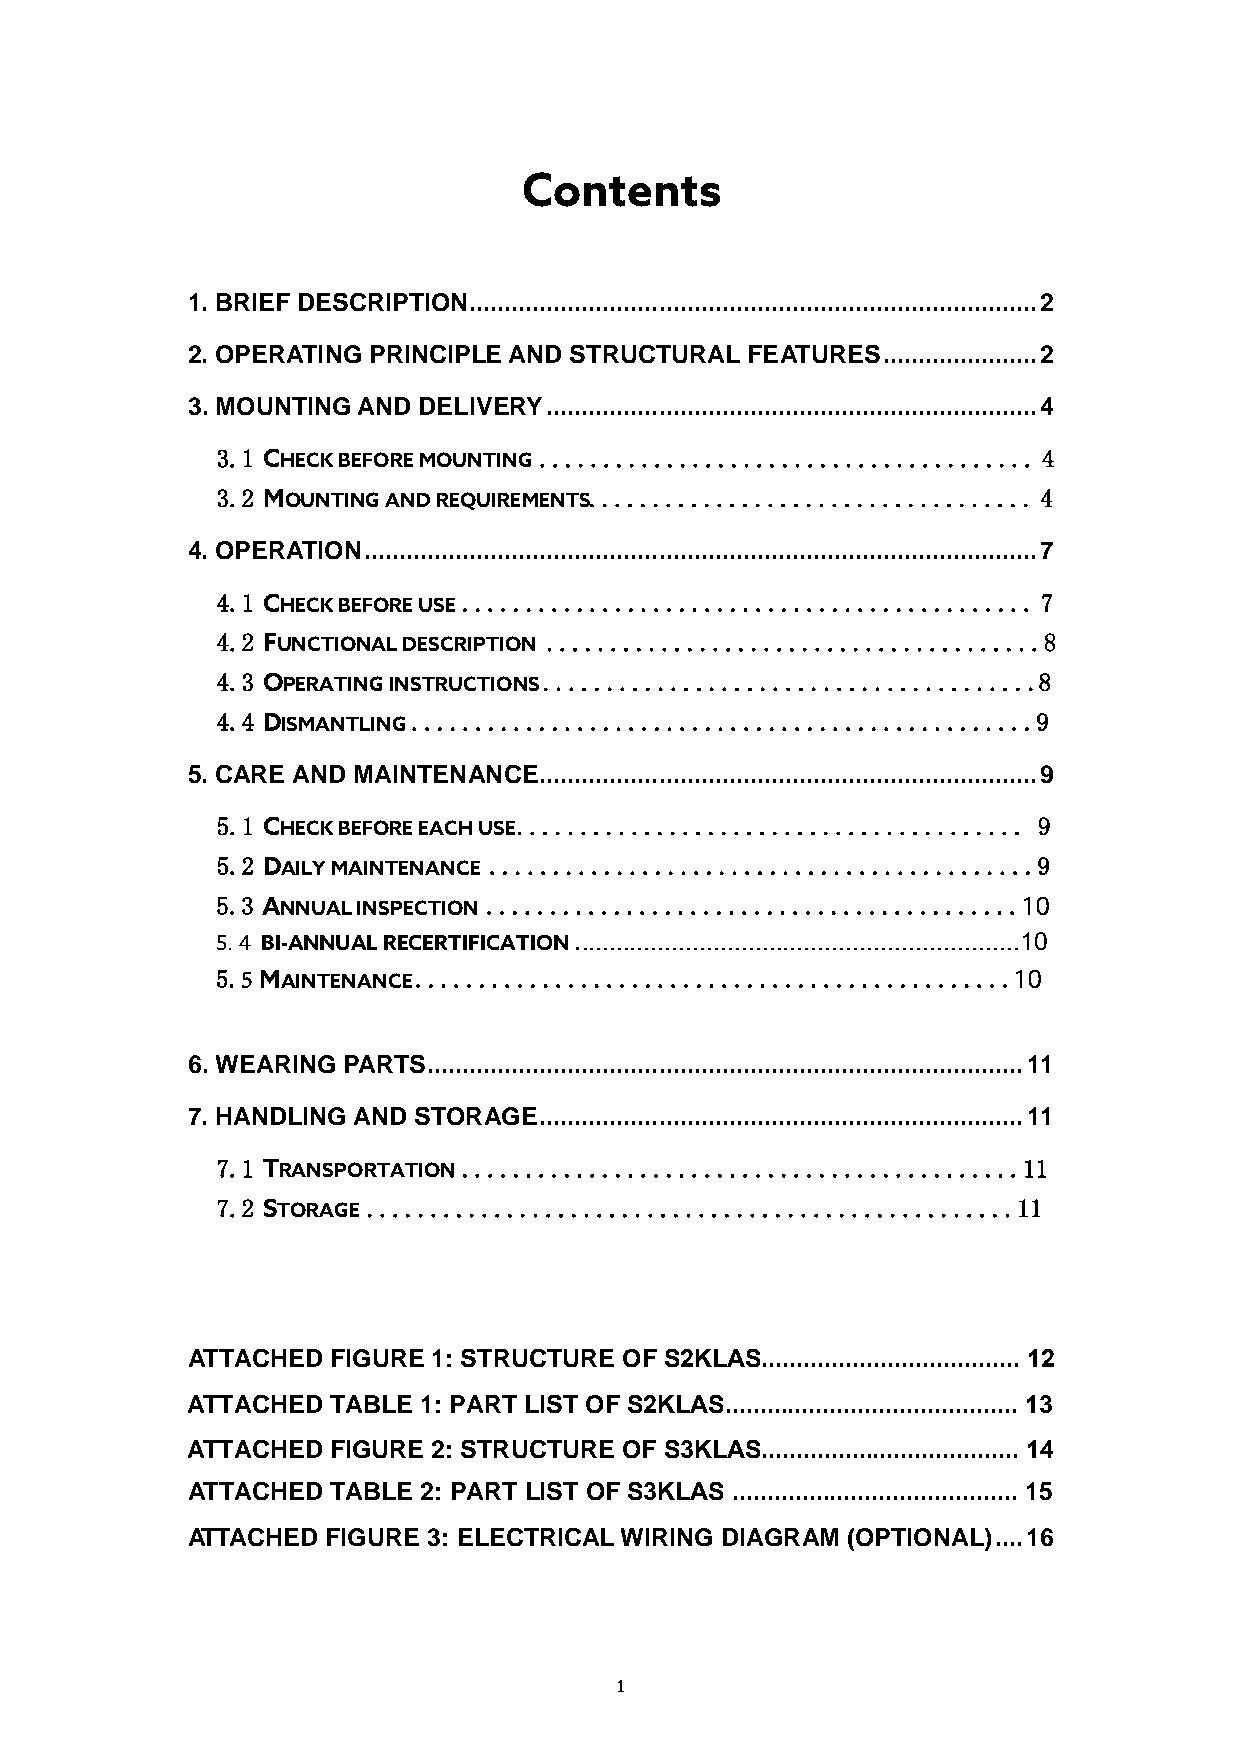
Contents
 1. BRIEF DESCRIPTION ................................................................................. 2
 2. OPERATING PRINCIPLE AND STRUCTURAL FEATURES ...................... 2
 3. MOUNTING AND DELIVERY ...................................................................... 4
 3.1 CHECK BEFORE MOUNTING ....................................... 4
 3.2 MOUNTING AND REQUIREMENTS. .................................. 4
 4. OPERATION ................................................................................................ 7
 4.1 CHECK BEFORE USE ............................................. 7
 4.2 FUNCTIONAL DESCRIPTION .......................................8
 4.3 OPERATING INSTRUCTIONS .......................................8
 4.4 DISMANTLING .................................................9
 5. CARE AND MAINTENANCE ....................................................................... 9
 5.1 CHECK BEFORE EACH USE ........................................ 9
 5.2 DAILY MAINTENANCE ...........................................9
 5.3 ANNUAL INSPECTION ..........................................10
 5.4 BI-ANNUAL RECERTIFICATION ................................................................10
 5.5 MAINTENANCE ...............................................10
 6. WEARING PARTS ..................................................................................... 11
 7. HANDLING AND STORAGE ..................................................................... 11
 7.1 TRANSPORTATION. ............................................11
 7.2 STORAGE ...................................................11
 ATTACHED  FIGURE 1: STRUCTURE OF S2KLAS..................................... 12
 ATTACHED  TABLE 1: PART LIST OF S2KLAS.......................................... 13
 ATTACHED  FIGURE 2: STRUCTURE OF S3KLAS..................................... 14
 ATTACHED  TABLE 2: PART LIST OF S3KLAS ......................................... 15
 ATTACHED  FIGURE 3: ELECTRICAL WIRING DIAGRAM (OPTIONAL) .... 16
 1